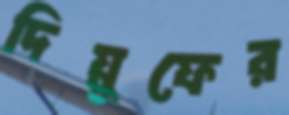
দিয়ুফের